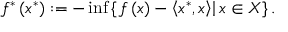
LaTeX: f ^ { * } \left( x ^ { * } \right) : = - \operatorname* { i n f } \left\{ \left. f \left( x \right) - \left\langle x ^ { * } , x \right\rangle \right| x \in X \right\} .